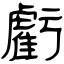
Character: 虧